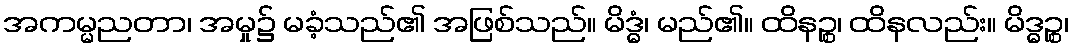
အကမ္မညတာ၊ အမှု၌ မခံ့သည်၏ အဖြစ်သည်။ မိဒ္ဓံ၊ မည်၏။ ထိနဉ္စ၊ ထိနလည်း။ မိဒ္ဓဉ္စ၊